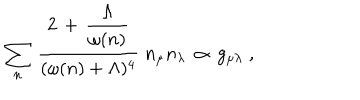
\sum _ { n } \, \frac { 2 \, + \, \displaystyle { \frac { \Lambda } { \omega ( n ) } } } { ( \omega ( n ) + \Lambda ) ^ { 4 } } \; n _ { \mu } n _ { \lambda } \, \propto \, g _ { \mu \lambda } \; ,